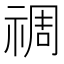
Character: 禂